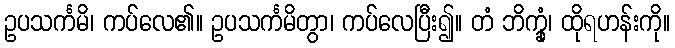
ဥပသင်္ကမိ၊ ကပ်လေ၏။ ဥပသင်္ကမိတွာ၊ ကပ်လေပြီး၍။ တံ ဘိက္ခုံ၊ ထိုရဟန်းကို။